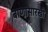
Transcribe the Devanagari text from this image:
बाणासारखी